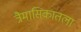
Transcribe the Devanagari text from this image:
त्रैमासिकातला